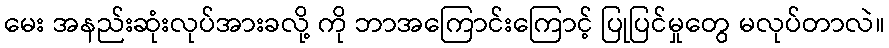
မေး အနည်းဆုံးလုပ်အားခလို့ ကို ဘာအကြောင်းကြောင့် ပြုပြင်မှုတွေ မလုပ်တာလဲ။